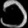
Digit: ၁